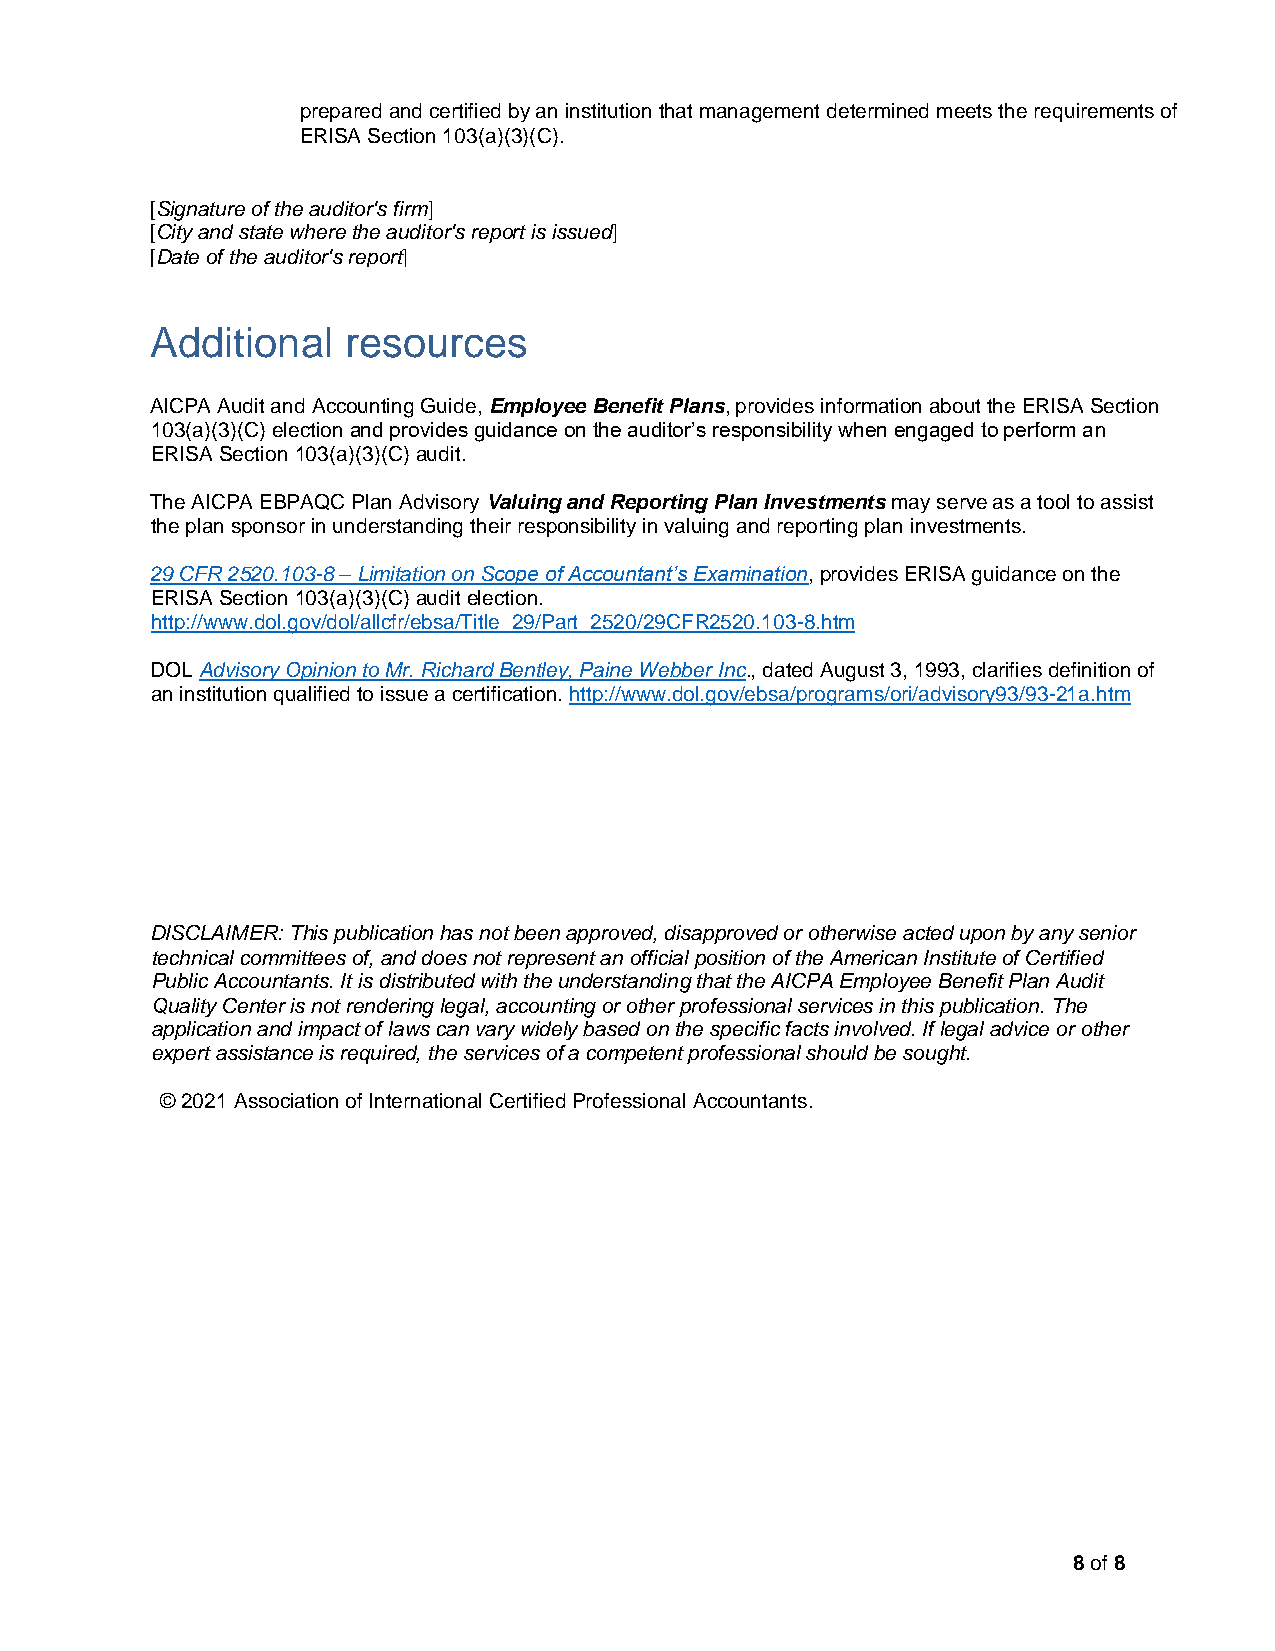
prepared and certified by an institution that management determined meets the requirements of
 ERISA Section 103(a)(3)(C).
 [Signature of the auditor's firm]
 [City and state where the auditor's report is issued]
 [Date of the auditor's report]
 Additional   resources
 AICPA Audit and Accounting Guide, Employee Benefit Plans, provides information about the ERISA Section
 103(a)(3)(C) election and provides guidance on the auditor’s responsibility when engaged to perform an
 ERISA Section 103(a)(3)(C) audit.
 The AICPA EBPAQC Plan Advisory Valuing and Reporting Plan Investments may serve as a tool to assist
 the plan sponsor in understanding their responsibility in valuing and reporting plan investments.
 29 CFR 2520.103-8 – Limitation on Scope of Accountant’s Examination, provides ERISA guidance on the
 ERISA Section 103(a)(3)(C) audit election.
 http://www.dol.gov/dol/allcfr/ebsa/Title_29/Part_2520/29CFR2520.103-8.htm
 DOL Advisory Opinion to Mr. Richard Bentley, Paine Webber Inc., dated August 3, 1993, clarifies definition of
 an institution qualified to issue a certification. http://www.dol.gov/ebsa/programs/ori/advisory93/93-21a.htm
 DISCLAIMER: This publication has not been approved, disapproved or otherwise acted upon by any senior
 technical committees of, and does not represent an official position of the American Institute of Certified
 Public Accountants. It is distributed with the understanding that the AICPA Employee Benefit Plan Audit
 Quality Center is not rendering legal, accounting or other professional services in this publication. The
 application and impact of laws can vary widely based on the specific facts involved. If legal advice or other
 expert assistance is required, the services of a competent professional should be sought.
 © 2021 Association of International Certified Professional Accountants.
 8 of 8